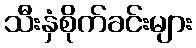
သီးနှံစိုက်ခင်းများ